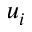
u _ { i }